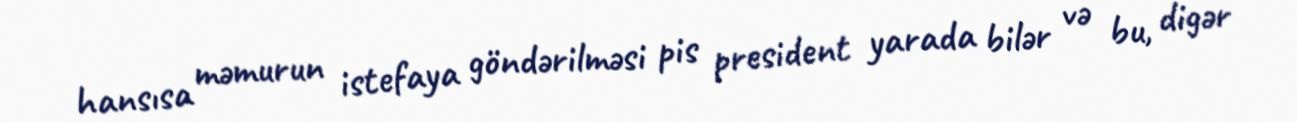
hansısa məmurun istefaya göndərilməsi pis president yarada bilər və bu, digər